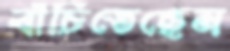
বাঁচিতেছেন